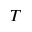
T